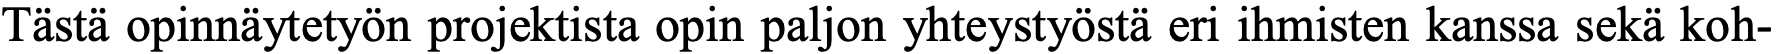
Tästä opinnäytetyön projektista opin paljon yhteystyöstä eri ihmisten kanssa sekä koh-